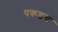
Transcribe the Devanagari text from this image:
पकडच